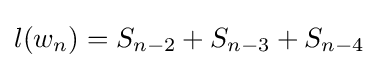
l(w_{n})=S_{n-2}+S_{n-3}+S_{n-4}